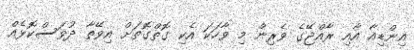
އިންޑިއާ އާއި ރާއްޖޭގެ ވެރިން މި ވާހަކަ އެކި ގޮތްގޮތަށް އިވޭތާ ދުވަސްކޮޅެއް